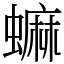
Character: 䗫